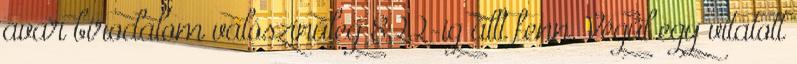
avar birodalom valószínűleg 822-ig állt fenn. Végül egy vitatott